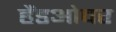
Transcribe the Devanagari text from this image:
हैंडओवर